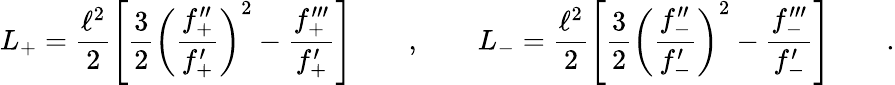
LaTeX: L_{+}=\frac{\ell^{2}}2\left[\frac 32\left(\frac{f_{+}^{\prime\prime}}{f_{+}^{\prime}}\right)^{2}-\frac{f_{+}^{\prime\prime\prime}}{f_{+}^{\prime}}\right]\qquad,\qquad L_{-}=\frac{\ell^{2}}2\left[\frac 32\left(\frac{f_{-}^{\prime\prime}}{f_{-}^{\prime}}\right)^{2}-\frac{f_{-}^{\prime\prime\prime}}{f_{-}^{\prime}}\right]\qquad.